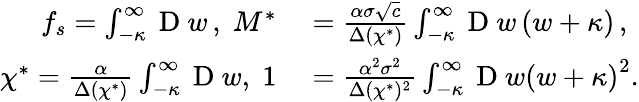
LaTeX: \begin{array}{rl}{f_{s}=\int_{-\kappa}^{\infty}\mathrm{~D~}w\, ,\; M^{*}}&{{}=\frac{\alpha\sigma\sqrt{c}}{\Delta(\chi^{*})}\int_{-\kappa}^{\infty}\mathrm{~D~}w\left(w+\kappa\right)\, ,}\\ {\chi^{*}=\frac{\alpha}{\Delta(\chi^{*})}\int_{-\kappa}^{\infty}\mathrm{~D~}w,\; 1}&{{}=\frac{\alpha^{2}\sigma^{2}}{\Delta(\chi^{*})^{2}}\int_{-\kappa}^{\infty}\mathrm{~D~}w\left(w+\kappa\right)^{2}.}\end{array}